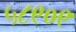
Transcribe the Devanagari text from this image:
५८९०९